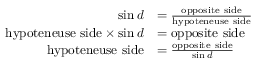
\begin{array} { r l } { \sin d } & { = \frac { \mathrm { o p p o s i t e ~ s i d e } } { \mathrm { h y p o t e n e u s e ~ s i d e } } } \\ { \mathrm { h y p o t e n e u s e ~ s i d e } \times \sin d } & { = \mathrm { o p p o s i t e ~ s i d e } } \\ { \mathrm { h y p o t e n e u s e ~ s i d e } } & { = \frac { \mathrm { o p p o s i t e ~ s i d e } } { \sin d } } \end{array}